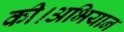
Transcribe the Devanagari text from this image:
की।अभियान